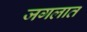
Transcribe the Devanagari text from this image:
जगलात